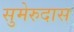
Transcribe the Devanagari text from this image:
सुमेरुदास